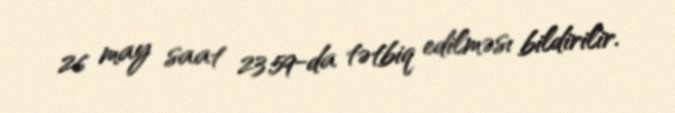
26 may saat 23:59-da tətbiq edilməsı bildirilir.